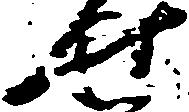
せ